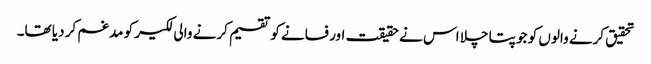
تحقیق کرنے والوں کو جو پتا چلا اس نے حقیقت اور فسانے کو تقسیم کرنے والی لکیر کو مدغم کر دیا تھا۔